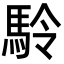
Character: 駖